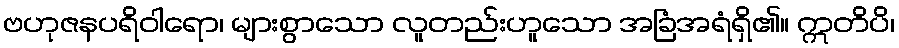
ဗဟုဇနပရိဝါရော၊ များစွာသော လူတည်းဟူသော အခြံအရံရှိ၏။ ဣတိပိ၊